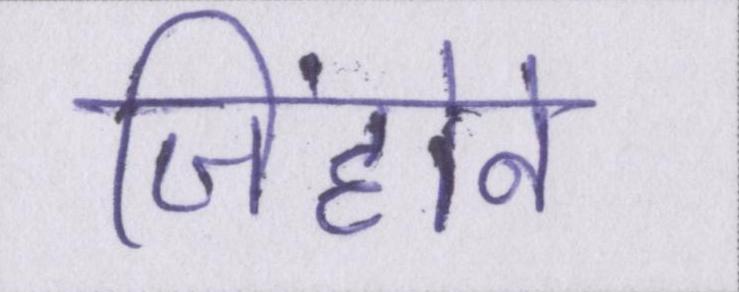
जिंहोने